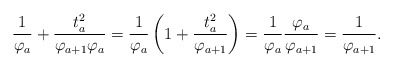
\begin{align*}\frac{1}{\varphi_{a}}+\frac{t_{a}^2}{\varphi_{a+1}\varphi_{a}}=\frac{1}{\varphi_{a}}\left(1+\frac{t_{a}^2}{\varphi_{a+1}}\right)=\frac{1}{\varphi_{a}}\frac{\varphi_{a}}{\varphi_{a+1}}=\frac{1}{\varphi_{a+1}}.\end{align*}